Indian journal of veterinary science and animal husbandry - Volume 14,
Year: 1944
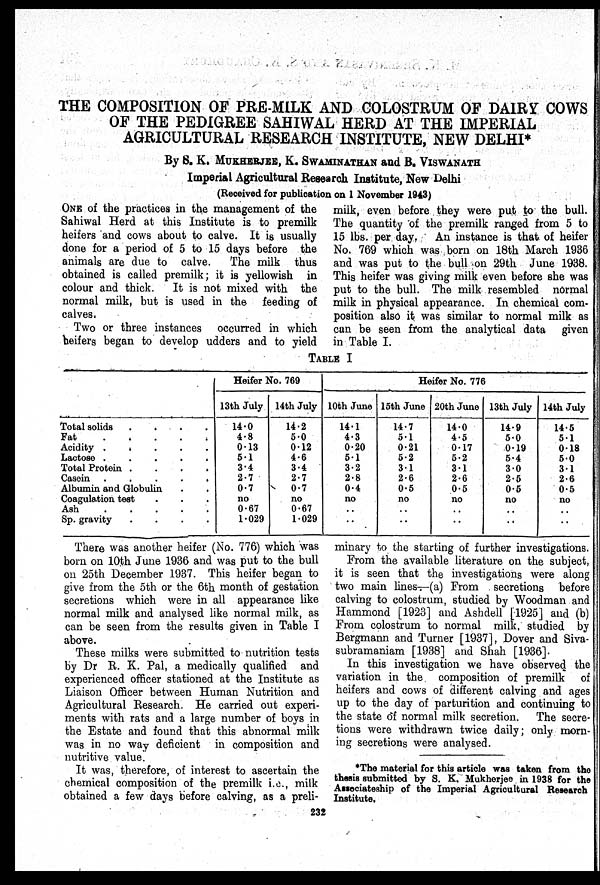
THE COMPOSITION OF PRE-MILK AND COLOSTRUM OF DAIRY COWS
OF THE PEDIGREE SAHIWAL HERD AT THE IMPERIAL
AGRICULTURAL RESEARCH INSTITUTE, NEW DELHI*
By S. K. MUKHERJEE, K. SWAMINATHAN and B. VISWANATH
Imperial Agricultural Research Institute, New Delhi
(Received for publication on 1 November 1943)
ONE of the practices in the management of the
Sahiwal Herd at this Institute is to premilk
heifers and cows about to calve. It is usually
done for a period of 5 to 15 days before the
animals are due to calve.
The milk thus
obtained is called premilk; it is yellowish in
colour and thick.
It is not mixed with the
normal milk, but is used in the feeding of
calves.
Two or three instances occurred in which
heifers began to develop udders and to yield
milk, even before they were put to the bull.
The quantity of the premilk ranged from 5 to
15 lbs. per day.
An instance is that of heifer
No. 769 which was born on 18th March 1936
and was put to the bull on 29th June 1938.
This heifer was giving milk even before she was
put to the bull. The milk resembled normal
milk in physical appearance. In chemical com-
position also it was similar to normal milk as
can be seen from the analytical data given
in Table I.
TABLE I
Total solids
.
.
.
.
Fat
.
.
.
.
.
Acidity
.
.
.
.
.
Lactose
.
.
.
.
.
Total Protein
.
.
.
.
Casein
.
.
.
.
.
Albumin and Globulin . .
Coagulation test . . .
Ash
.
.
.
.
.
Sp. gravity
.
.
.
.
Heifer No. 769
13th July
14.0
4.8
0.13
5.1
3.4
2.7
0.7
no
0.67
1.029
14th July
14.2
5.0
0.12
4.6
3.4
2.7
0.7
no
0.67
1.029
Heifer No. 776
10th June
14.1
4.3
0.20
5.1
3.2
2.8
0.4
no
. .
. .
15th June
14.7
5.1
0.21
5.2
3.1
2.6
0.5
no
. .
. .
20th June
14.0
4.5
0.17
5.2
3.1
2.6
0.5
no
. .
. .
13th July
14.9
5.0
0.19
5.4
3.0
2.5
0.5
no
. .
. .
14th July
14.5
5.1
0.18
5.0
3.1
2.6
0.5
no
. .
. .
There was another heifer (No. 776) which was
born on 10th June 1936 and was put to the bull
on 25th December 1937. This heifer began to
give from the 5th or the 6th month of gestation
secretions which were in all appearance like
normal milk and analysed like normal milk, as
can be seen from the results given in Table I
above.
These milks were submitted to nutrition tests
by Dr R. K. Pal, a medically qualified and
experienced officer stationed at the Institute as
Liaison Officer between Human Nutrition and
Agricultural Research. He carried out experi-
ments with rats and a large number of boys in
the Estate and found that this abnormal milk
was in no way deficient in composition and
nutritive value.
It was, therefore, of interest to ascertain the
chemical composition of the premilk i.e., milk
obtained a few days before calving, as a preli-
minary to the starting of further investigations.
From the available literature on the subject,
it is seen that the investigations were along
two main lines—(a) From secretions before
calving to colostrum, studied by Woodman and
Hammond [1923] and Ashdell [1925] and (b)
From colostrum to normal milk, studied by
Bergmann and Turner [1937], Dover and Siva-
subramaniam [1938] and Shah [1936].
In this investigation we have observed the
variation in the composition of premilk of
heifers and cows of different calving and ages
up to the day of parturition and continuing to
the state of normal milk secretion. The secre-
tions were withdrawn twice daily; only morn-
ing secretions were analysed.
*The material for this article was taken from the
thesis submitted by S. K. Mukherjee in 1938 for the
Associateship of the Imperial Agricultural Research
Institute.
232